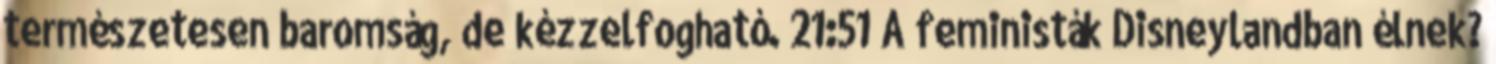
természetesen baromság, de kézzelfogható. 21:51 A feministák Disneylandban élnek?